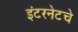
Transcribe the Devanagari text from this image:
इंटरनेटचे